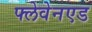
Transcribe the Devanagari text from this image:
फ्लेवेनएड